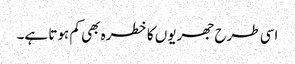
اسی طرح جھریوں کا خطرہ بھی کم ہوتا ہے۔